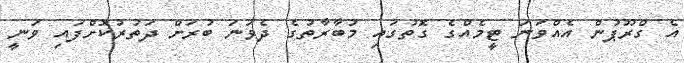
އެ ގްރޫޕުން އެއްވަނަ ޓީމެއްގެ ގޮތުގައި މުބާރާތުގެ ދެވަނަ ބުރަށް ދަތުރުކޮށްފައި ވަނީ